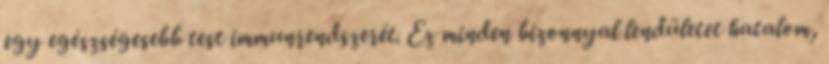
egy egészségesebb test immunrendszerét. Ez minden bizonnyal lendületet hatalom,